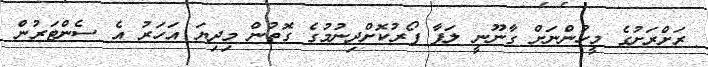
ރަށްރަށުގެ މީހުންނަށް ގާނޫނީ ލަފާ ފޯރުކޮށްދިނުމުގެ ގޮތުން މިދިޔަ އަހަރު އެ ސެންޓަރުން